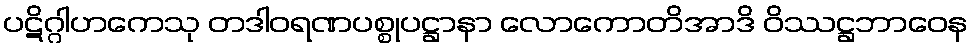
ပဋိဂ္ဂါဟကေသု တဒါဝရဏပစ္စုပဋ္ဌာနာ လောကောတိအာဒိ ဝိဿဋ္ဌဘာဝေန